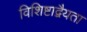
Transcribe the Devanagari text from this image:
विशिष्टाद्वैयता